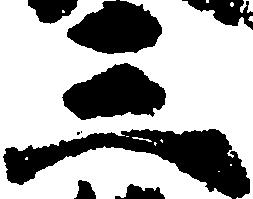
三